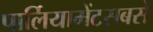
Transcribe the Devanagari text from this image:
पार्लियामेंटसबसे